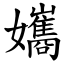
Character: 孈